Report of the King Institute of Preventive Medicine, Guindy
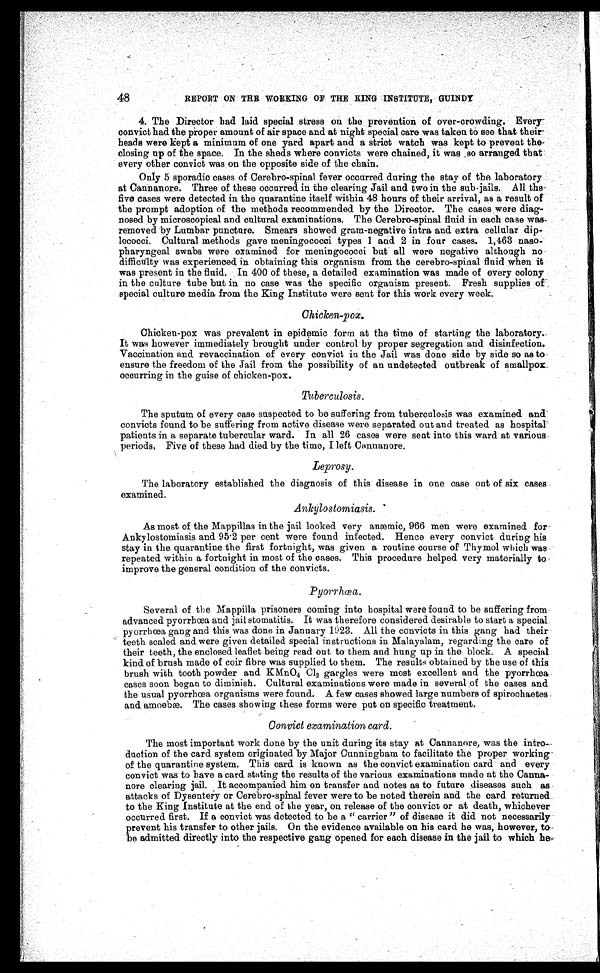
48
REPORT ON THE WORKING OF THE KING INSTITUTE, GUINDY
4. The Director had laid special stress on the prevention of over-crowding. Every
convict had the proper amount of air space and at night special care was taken to see that their
heads were kept a minimum of one yard apart and a strict watch was kept to prevent the
closing up of the space. In the sheds where convicts were chained, it was so arranged that
every other convict was on the opposite side of the chain.
Only 5 sporadic cases of Cerebro-spinal fever occurred during the stay of the laboratory
at Cannanore. Three of these occurred in the clearing Jail and two in the sub-jails. All the
five cases were detected in the quarantine itself within 48 hours of their arrival, as a result of
the prompt adoption of the methods recommended by the Director. The cases were diag
-nosed by microscopical and cultural examinations. The Cerebro-spinal fluid in each case was
removed by Lumbar puncture. Smears showed gram-negative intra and extra cellular dip
-lococci. Cultural methods gave meningococci types 1 and 2 in four cases. 1,463 naso
-pharyngeal swabs were examined for meningococci but all were negative although no
difficulty was experienced in obtaining this organism from the cerebro-spinal fluid when it
was present in the fluid. In 400 of these, a detailed examination was made of every colony
in the culture tube but in no case was the specific organism present. Fresh supplies of
special culture media from the King Institute were sent for this work every week.
Chicken-pox.
Chicken-pox was prevalent in epidemic form at the time of starting the laboratory.
It was however immediately brought under control by proper segregation and disinfection.
Vaccination and revaccination of every convict in the Jail was done side by side so as to
ensure the freedom of the Jail from the possibility of an undetected outbreak of smallpox
occurring in the guise of chicken-pox.
Tuberculosis.
The sputum of every case suspected to be suffering from tuberculosis was examined and
convicts found to be suffering from active disease were separated out and treated as hospital
patients in a separate tubercular ward. In all 26 cases were sent into this ward at various
periods, Five of these had died by the time, I left Cannanore.
Leprosy.
The laboratory established the diagnosis of this disease in one case out of six cases
examined.
Ankylostomiasis.
As most of the Mappillas in the jail looked very anæmic, 966 men were examined for
Ankylostomiasis and 95.2 per cent were found infected. Hence every convict during his
stay in the quarantine the first fortnight, was given a routine course of Thymol which was
repeated within a fortnight in most of the cases. This procedure helped very materially to
improve the general condition of the convicts.
Pyorrhœa.
Several of the Mappilla prisoners coming into hospital were found to be suffering from
advanced pyorrhœa and jail stomatitis. It was therefore considered desirable to start a special
pyorrhœa gang and this was done in January 1923. All the convicts in this gang had their
teeth scaled and were given detailed special instructions in Malayalam, regarding the care of
their teeth, the enclosed leaflet being read out to them and hung up in the block. A special
kind of brush made of coir fibre was supplied to them. The results obtained by the use of this
brush with tooth powder and KMnO 4 C1² gargles were most excellent and the pyorrhœa
cases soon began to diminish. Cultural examinations were made in several of the cases and
the usual pyorrhœa organisms were found. A few cases showed large numbers of spirochaetes
and amoebæ. The cases showing these forms were put on specific treatment.
Convict examination card.
The most important work done by the unit during its stay at Cannanore, was the intro
-duction of the card system originated by Major Cunningham to facilitate the proper working
of the quarantine system. This card is known as the convict examination card and every
convict was to have a card stating the results of the various examinations made at the Canna
-nore clearing jail. It accompanied him on transfer and notes as to future diseases such as
attacks of Dysentery or Cerebro-spinal fever were to be noted therein and the card returned
to the King Institute at the end of the year, on release of the convict or at death, whichever
occurred first. If a convict was detected to be a "carrier " of disease it did not necessarily
prevent his transfer to other jails. On the evidence available on his card he was, however, to
be admitted directly into the respective gang opened for each disease in the jail to which he